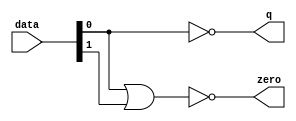
module  fpoint_qsys_addsub_single_altpriority_encoder_64b
	( 
	data,
	q,
	zero) ;
	input   [1:0]  data;
	output   [0:0]  q;
	output   zero;
	assign
		q = {(~ data[0])},
		zero = (~ (data[0] | data[1]));
endmodule